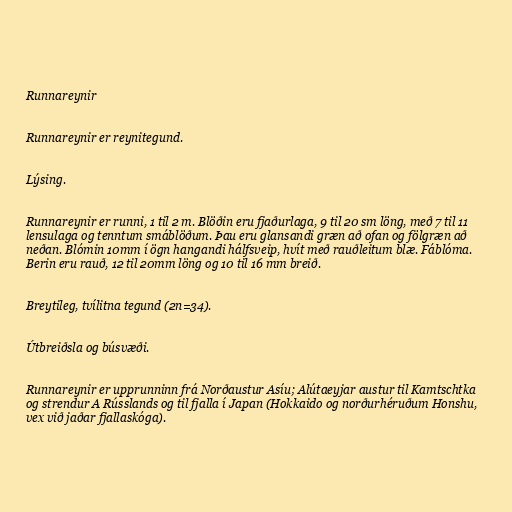
Runnareynir

Runnareynir er reynitegund.

Lýsing.

Runnareynir er runni, 1 til 2 m. Blöðin eru fjaðurlaga, 9 til 20 sm löng, með 7 til 11
lensulaga og tenntum smáblöðum. Þau eru glansandi græn að ofan og fölgræn að
neðan. Blómin 10mm í ögn hangandi hálfsveip, hvít með rauðleitum blæ. Fáblóma.
Berin eru rauð, 12 til 20mm löng og 10 til 16 mm breið.

Breytileg, tvílitna tegund (2n=34).

Útbreiðsla og búsvæði.

Runnareynir er upprunninn frá Norðaustur Asíu; Alútaeyjar austur til Kamtschtka
og strendur A Rússlands og til fjalla í Japan (Hokkaido og norðurhéruðum Honshu,
vex við jaðar fjallaskóga).